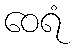
ဝေရံ